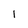
Character: 1